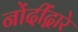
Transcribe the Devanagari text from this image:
नोंदींद्वारे